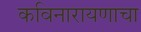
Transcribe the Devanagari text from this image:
कविनारायणाचा